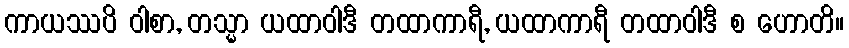
ကာယဿပိ ဝါစာ, တသ္မာ ယထာဝါဒီ တထာကာရီ, ယထာကာရီ တထာဝါဒီ စ ဟောတိ။